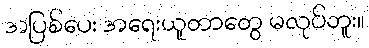
အပြစ်ပေး အရေးယူတာတွေ မလုပ်ဘူး။